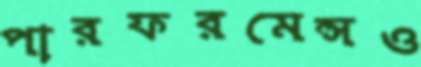
পারফরমেন্সও